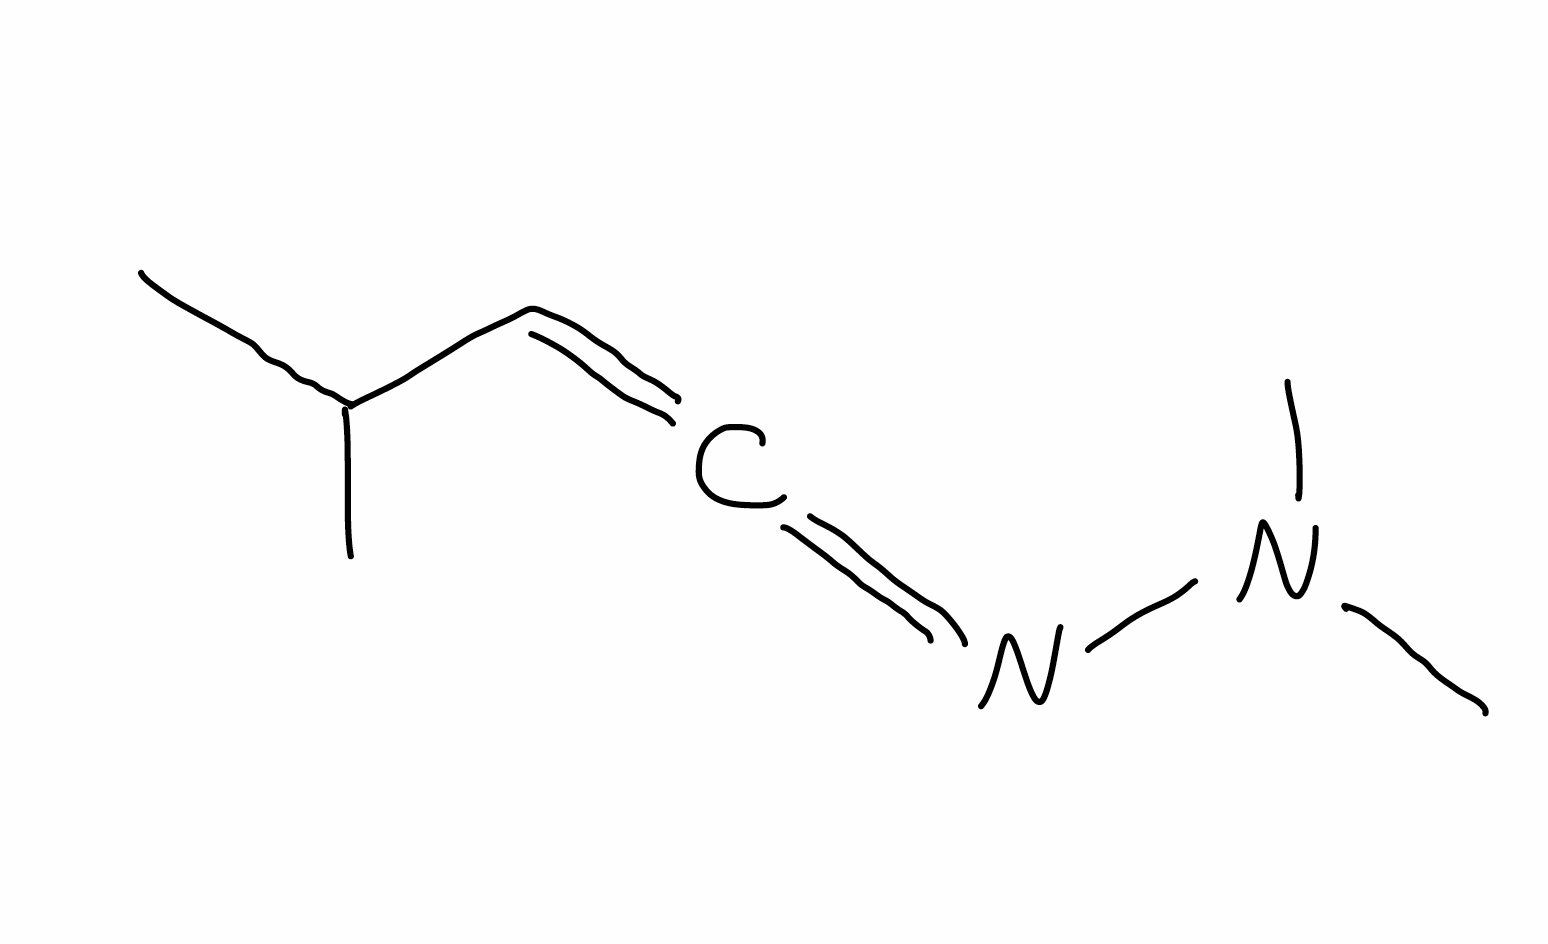
Simplified molecular-input line-entry system (SMILES) notation of the given molecule:
CC(C)C=C=NN(C)C